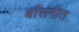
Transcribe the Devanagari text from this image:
बाँसगीत